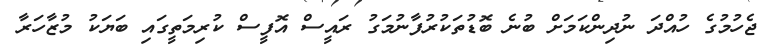
ޖެހުމުގެ ހުއްދަ ނުދިންކަމަށް ބުނެ ބޮޑުތަކުރުފާނުމަގު ރައީސް އޮފީސް ކުރިމަތީގައި ބަޔަކު މުޒާހަރާ